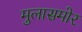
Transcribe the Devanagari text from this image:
मुलासमोर